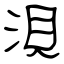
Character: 浿